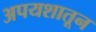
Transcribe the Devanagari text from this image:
अपयशातून